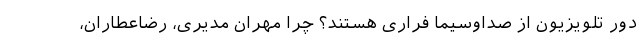
دور تلویزیون از صداوسیما فراری هستند؟ چرا مهران مدیری، رضاعطاران،